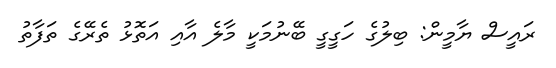
ރައީސް ޔާމީން: ބިލުގެ ހަގީގީ ބޭނުމަކީ މާލެ އާއި އަތޮޅު ތެރޭގެ ތަފާތު